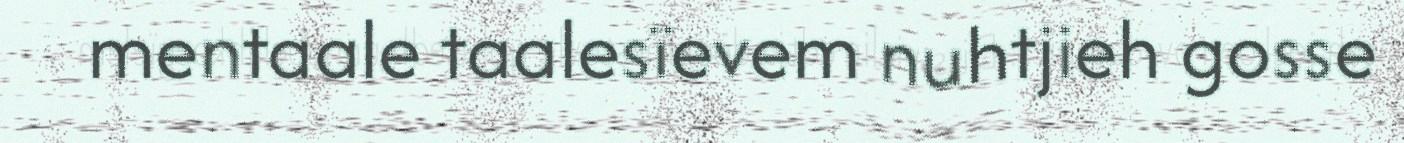
mentaale taalesïevem nuhtjieh gosse